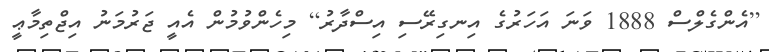
[އެންގެލްސް 1888 ވަނަ އަހަރުގެ އިނގިރޭސި އިސްދާރު] މިހެންވުމުން އެއީ ޖަރުމަނު އިޖްތިމާޢީ